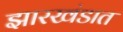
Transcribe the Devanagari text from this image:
झारखंडात